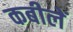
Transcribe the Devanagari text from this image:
कबीलें